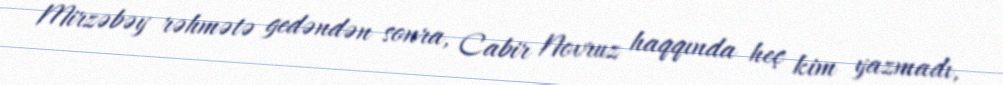
Mirzəbəy rəhmətə gedəndən sonra, Cabir Novruz haqqında heç kim yazmadı,